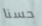
حسنا